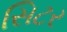
સિટર